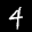
Label: 4